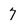
Character: 7